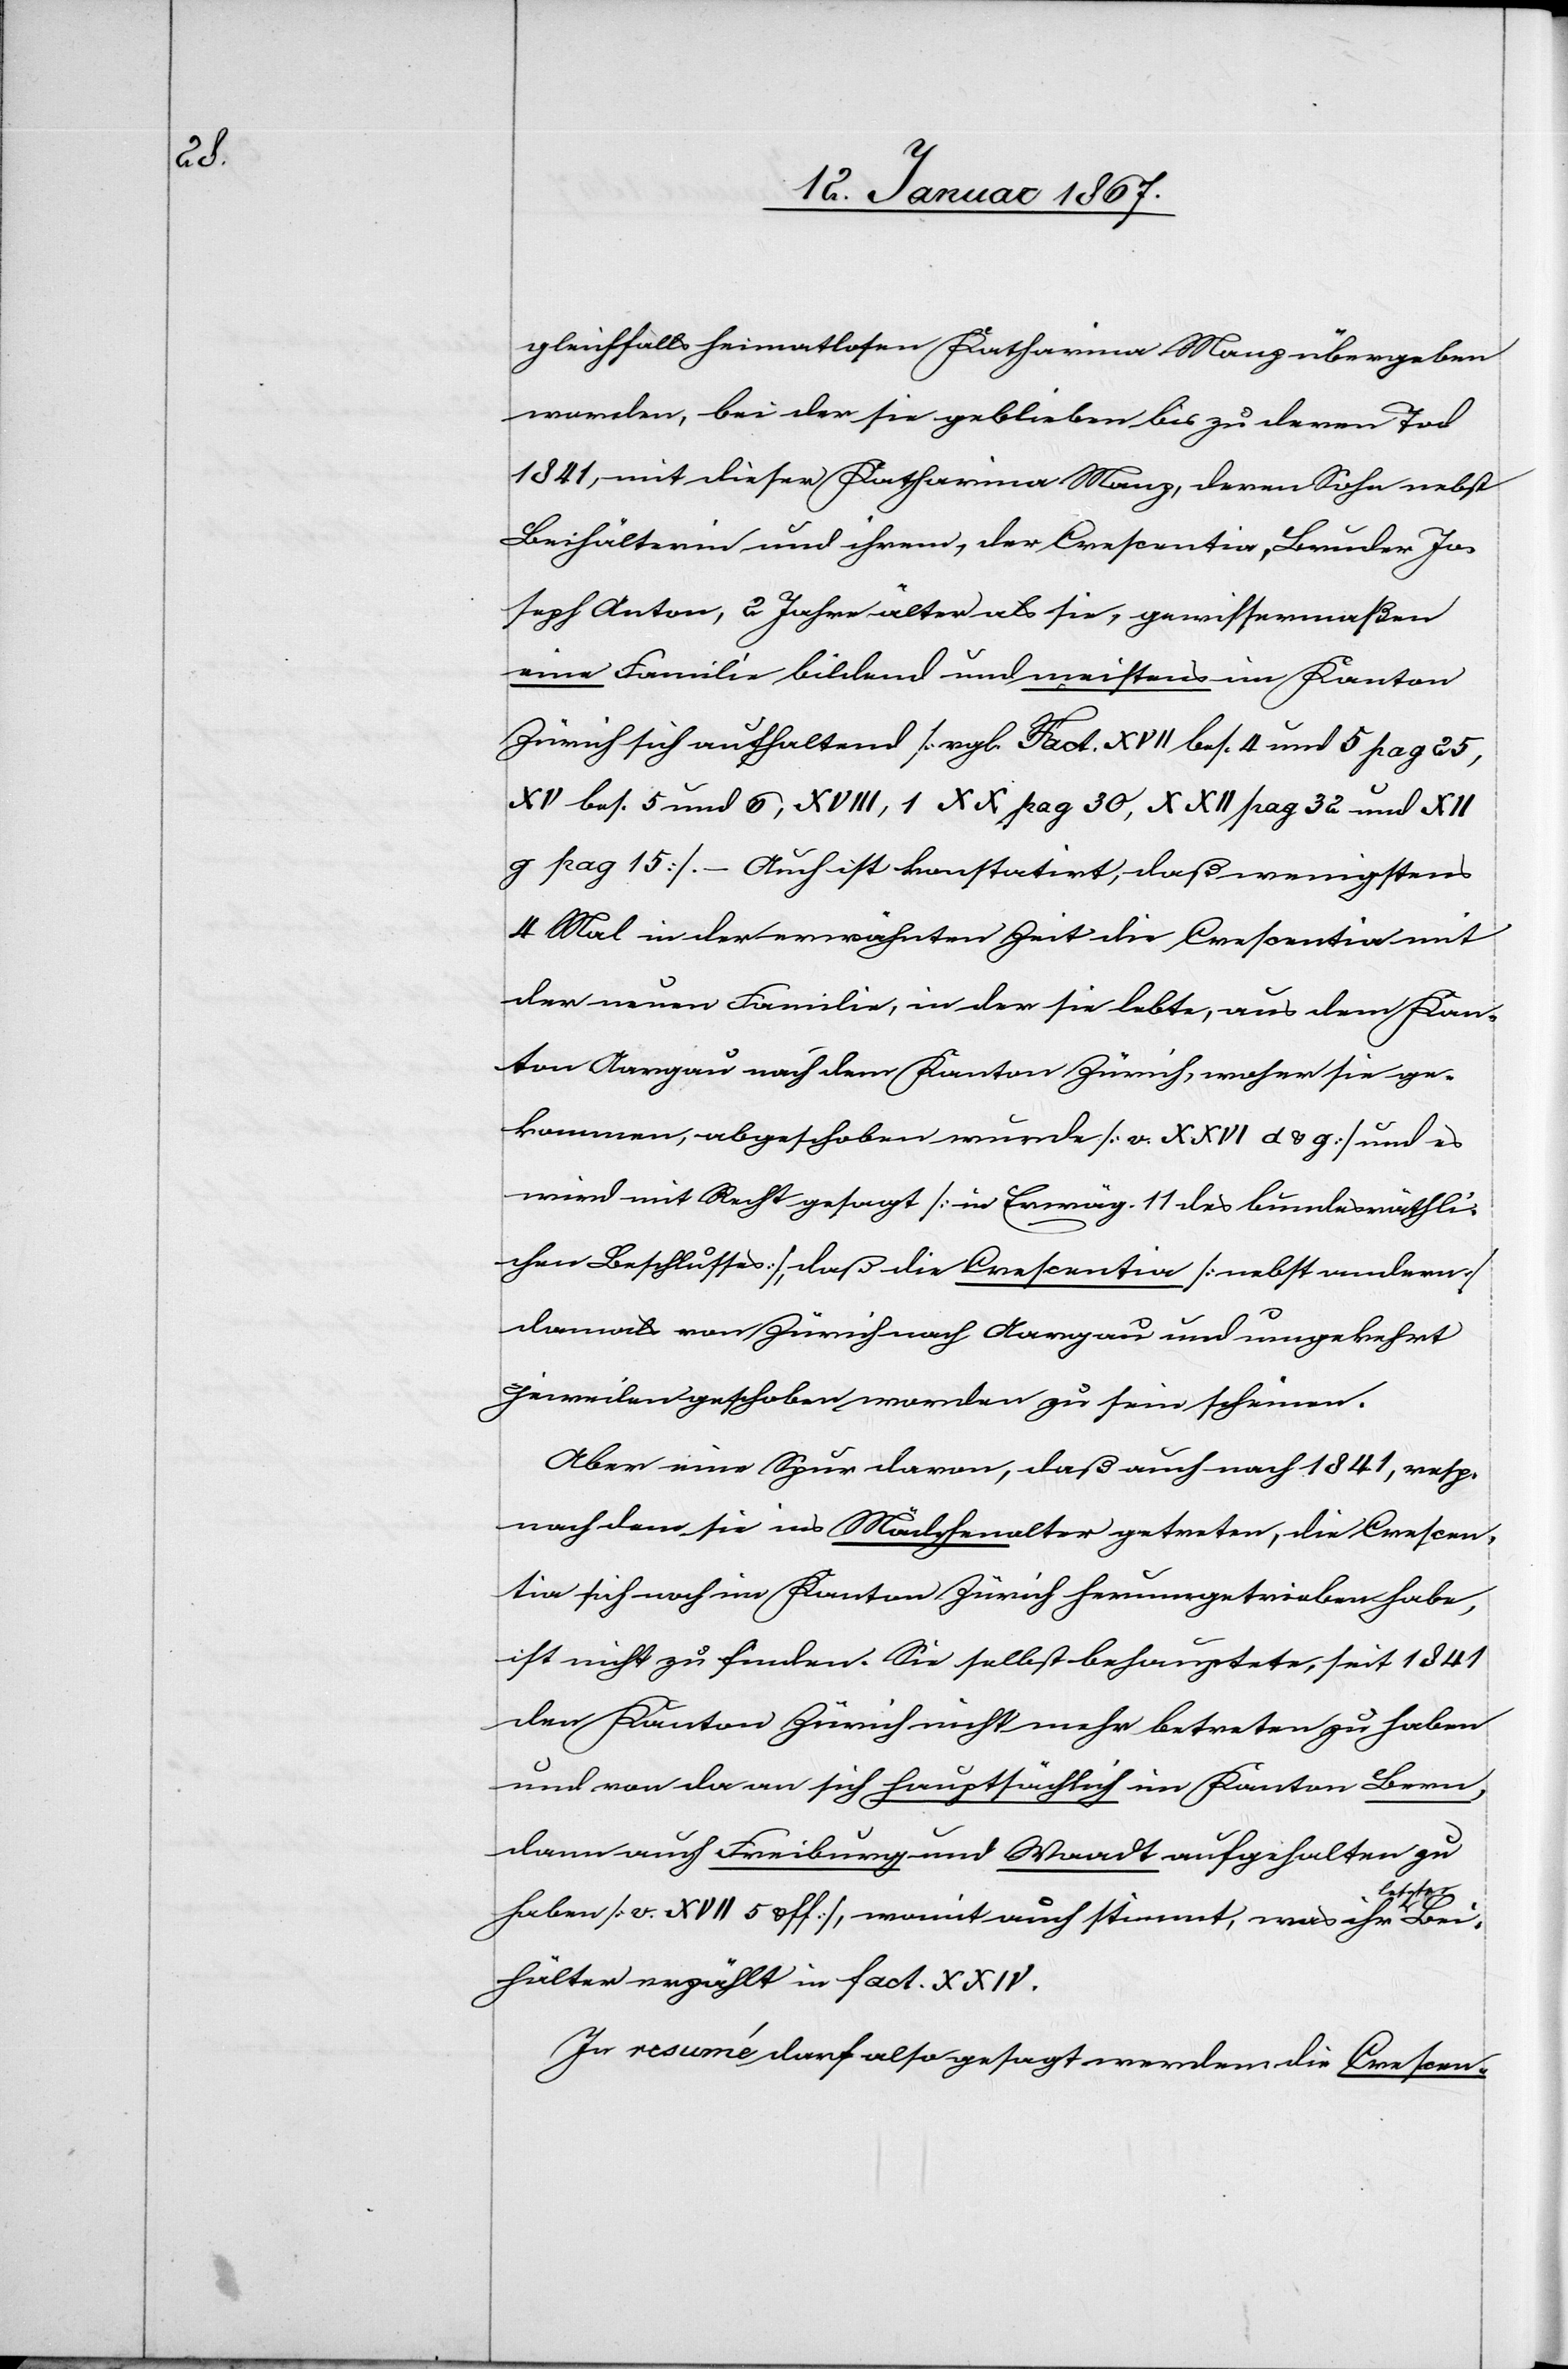
Bei¬

gleichfalls heimatlosen Katharina Manz übergeben
worden, bei der sie geblieben bis zu deren Tod
1841, mit dieser Katharina Manz, deren Sohn nebst
Beihälterin und ihrem, der Crescentia, Bruder Jo¬
seph Anton, 2 Jahre älter als sie, gewissermaßen
eine Familie bildend und meistens im Kanton
Zürich sich aufhaltend [vgl. Fact. XVII bes. 4 und 5 pag 25,
XV bes. 5 und 6, XVIII, 1 XX pag 30, XXII pag 32 und XII
g pag 15]. – Auch ist konstatirt, daß wenigstens
4 Mal in der erwähnten Zeit die Crescentia mit
der neuen Familie, in der sie lebte, aus dem Kan¬
ton Aargau nach dem Kanton Zürich, woher sie ge¬
kommen, abgeschoben wurde [v. XXVI d & g] und es
wird mit Recht gesagt [in Erwäg. 11 des bundesräthli¬
chen Beschlusses], daß die Crescentia [nebst andern]
damals von Zürich nach Aargau und umgekehrt
jeweilen geschoben worden zu sein scheinen.
Aber eine Spur davon, daß auch nach 1841, resp.
nach dem sie ins Mädchenalter getreten, die Crescen¬
tia sich noch im Kanton Zürich herumgetrieben habe,
ist nicht zu finden. Sie selbst behauptete, seit 1841
den Kanton Zürich nicht mehr betreten zu haben
und von da an sich hauptsächlich im Kanton Bern,
dann auch Freiburg und Waadt aufgehalten zu
haben [v. XVII 5 off], womit auch stimmt, was ihr
hälter erzählt in fact. XXIV.
In resumé darf also gesagt werden die Crescen-